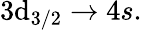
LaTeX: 3\mathrm{d}_{3/2}\rightarrow4s.